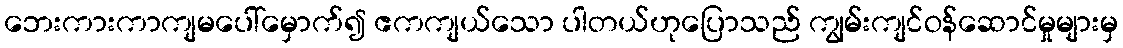
ဘေးကားကာကျမပေါ်မှောက်၍ ဧကကျယ်သော ပါတယ်ဟုပြောသည် ကျွမ်းကျင်ဝန်ဆောင်မှုများမှ